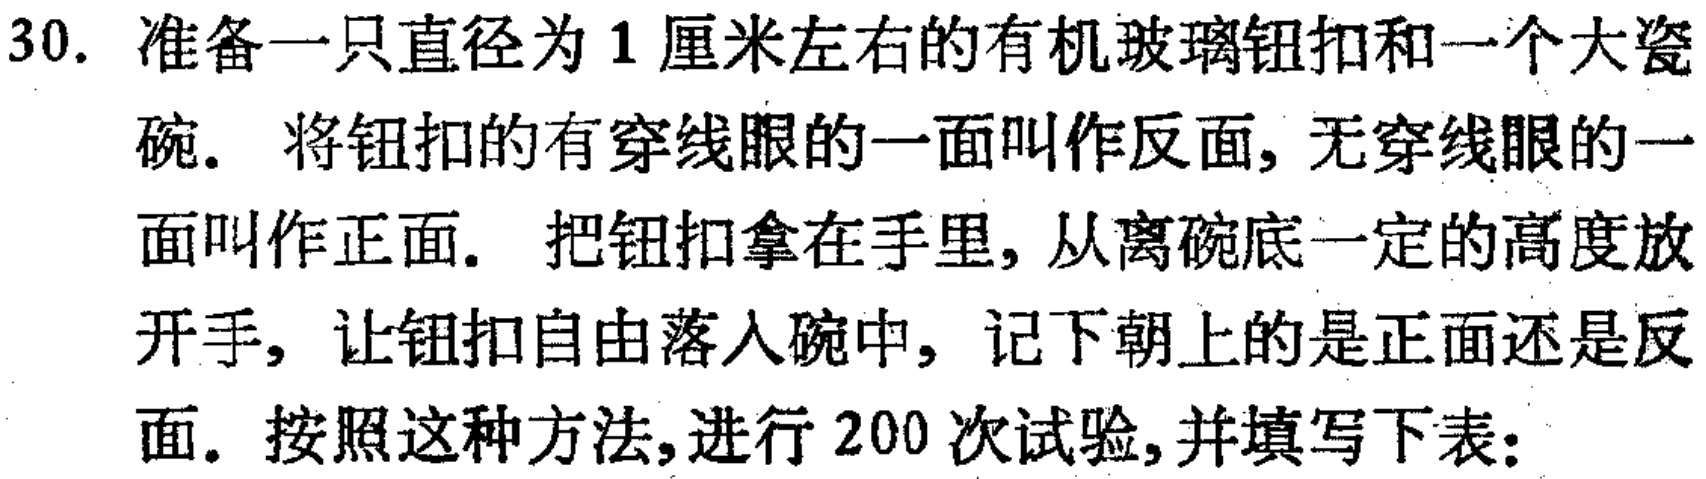
30. 准备一只直径为1厘米左右的有机玻璃钮扣和一个大瓷碗. 将钮扣的有穿线眼的一面叫作反面, 无穿线眼的一面叫作正面. 把钮扣拿在手里, 从离碗底一定的高度放开手, 让钮扣自由落入碗中, 记下朝上的是正面还是反面. 按照这种方法,进行200次试验,并填写下表: